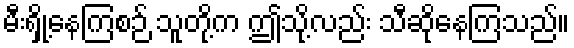
မီးရှို့နေကြစဉ် သူတို့က ဤသို့လည်း သီဆိုနေကြသည်။